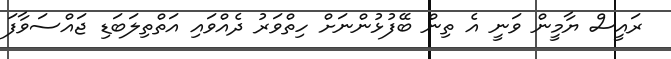
ރައީސް ޔާމީން ވަނީ އެ ތިން ބޭފުޅުންނަށް ހިތްވަރު ދެއްވައި އަތްތިލަބަޑި ޖައްސަވާފަ